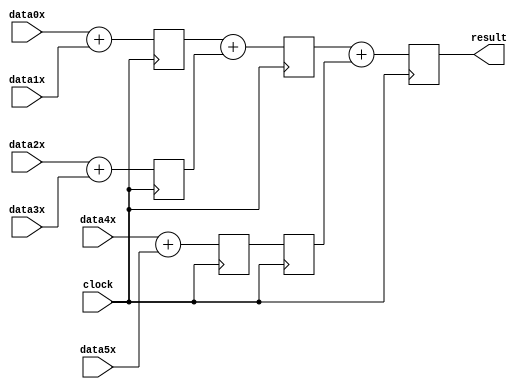
`define SIMULATION_MEMORY

module inverse_winograd_adder_30_3 (
	input clock,
	input [29:0] data0x,
	input [29:0] data1x,
	input [29:0] data2x,
	input [29:0] data3x,
	input [29:0] data4x,
	input [29:0] data5x,
	output [29:0] result
);

reg [32:0] pipeline_0_0;
reg [32:0] pipeline_0_1;
reg [32:0] pipeline_0_2;
reg [32:0] pipeline_1_0;
reg [32:0] pipeline_1_1;
reg [32:0] pipeline_2_0;

always @ (posedge clock) begin
	pipeline_0_0 <= data0x + data1x;
	pipeline_0_1 <= data2x + data3x;
	pipeline_0_2 <= data4x + data5x;
	pipeline_1_0 <= pipeline_0_0 + pipeline_0_1;
	pipeline_1_1 <= pipeline_0_2;
	pipeline_2_0 <= pipeline_1_0 + pipeline_1_1;
end

assign result = pipeline_2_0;

endmodule